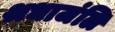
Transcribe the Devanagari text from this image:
श्रधाजंलि